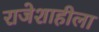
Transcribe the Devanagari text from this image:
राजेशाहीला